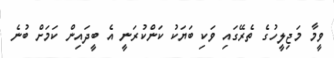
ވީމާ މަޖިލީހުގެ ތެރޭގައި ވަކި ބަޔަކު ކަންކުރަނީ އެ ބީދައިން ކަމަށް ބުނެ